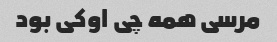
مرسی همه چی اوکی بود